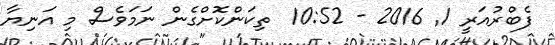
ފެބްރުއަރީ 1